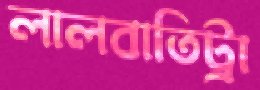
লালবাতিট্রা